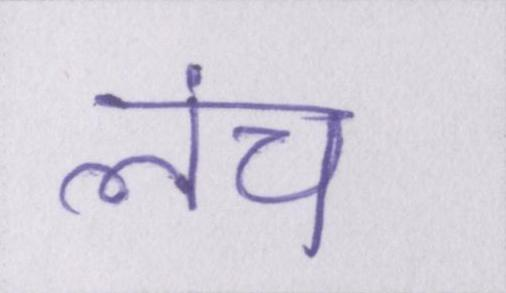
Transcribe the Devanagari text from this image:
लंच